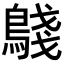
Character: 𬷟